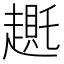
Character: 𬦛